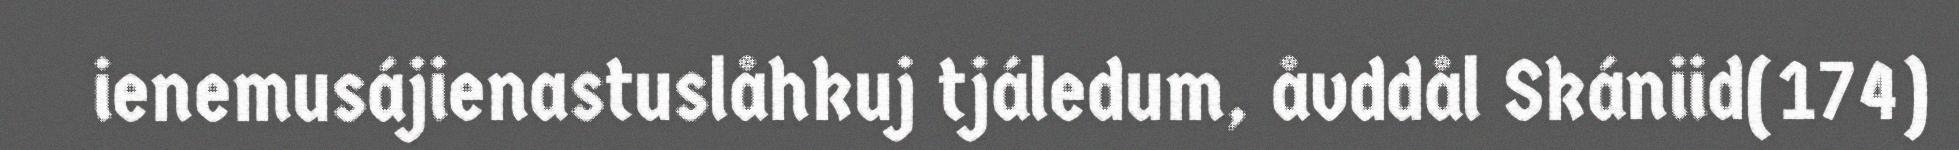
ienemusájienastuslåhkuj tjáledum, åvddål Skániid(174)